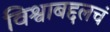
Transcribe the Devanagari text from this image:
विश्वाबद्दलचं